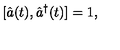
[ \hat { a } ( t ) , \hat { a } ^ { \dag } ( t ) ] = 1 ,